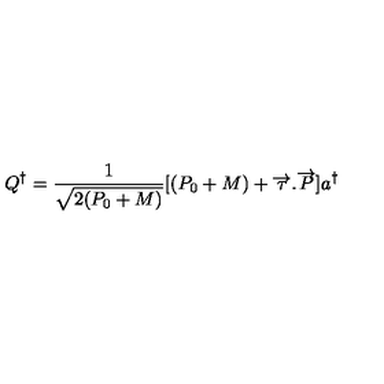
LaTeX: Q ^ { \dagger } = \frac { 1 } { \sqrt { 2 ( P _ { 0 } + M ) } } [ ( P _ { 0 } + M ) + \overrightarrow { \tau } . \overrightarrow { P } ] a ^ { \dagger }